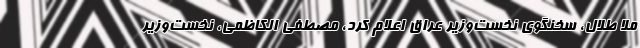
ملا طلال، سخنگوی نخست‌وزیر عراق اعلام کرد، مصطفی الکاظمی، نخست‌وزیر